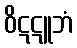
ဝိဋဋူဘံ